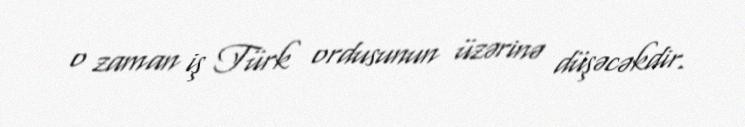
o zaman iş Türk ordusunun üzərinə düşəcəkdir.